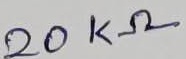
Text: 20KΩ